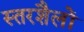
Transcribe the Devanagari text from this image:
स्तरशैलों